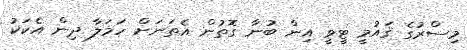
މިސްރުގެ ޤައުމީ ޓީވީ އިން ބުނާ ގޮތުން އެތަނަށް ހަމަލާ ދިން އެކަކު